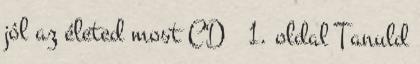
jól az életed most CD 1. oldal Tanuld